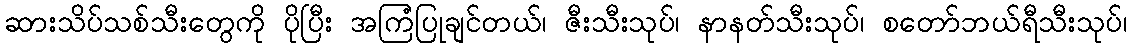
ဆားသိပ်သစ်သီးတွေကို ပိုပြီး အကြံပြုချင်တယ်၊ ဇီးသီးသုပ်၊ နာနတ်သီးသုပ်၊ စတော်ဘယ်ရီသီးသုပ်၊